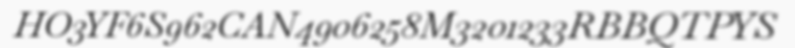
HO3YF6S962CAN4906258M3201233RBBQTPYS